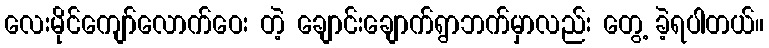
လေးမိုင်ကျော်လောက်ဝေး တဲ့ ချောင်းချောက်ရွာဘက်မှာလည်း တွေ့ ခဲ့ရပါတယ်။